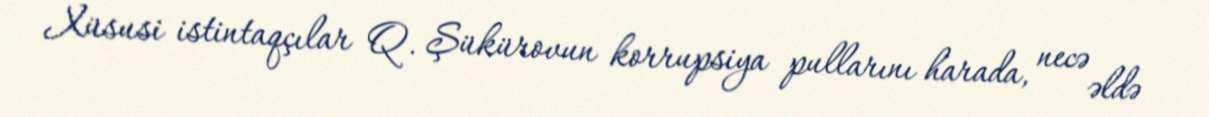
Xüsusi istintaqçılar Q. Şükürovun korrupsiya pullarını harada, necə əldə